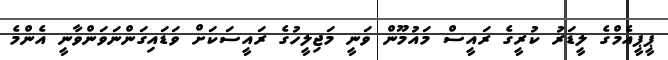
ޕީޕީއެމްގެ ލީޑަރު ކުރީގެ ރައީސް މައުމޫން ވަނީ މަޖިލީހުގެ ރައީސަކަށް ވަޑައިގަންނަވަންވާނީ އެންމެ